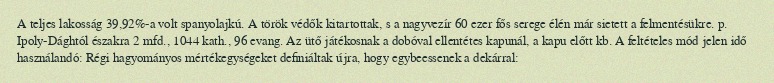
A teljes lakosság 39,92%-a volt spanyolajkú. A török védők kitartottak, s a nagyvezír 60 ezer fős serege élén már sietett a felmentésükre. p. Ipoly-Dághtól északra 2 mfd., 1044 kath., 96 evang. Az ütő játékosnak a dobóval ellentétes kapunál, a kapu előtt kb. A feltételes mód jelen idő használandó: Régi hagyományos mértékegységeket definiáltak újra, hogy egybeessenek a dekárral: